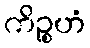
ကိဉ္စဟံ